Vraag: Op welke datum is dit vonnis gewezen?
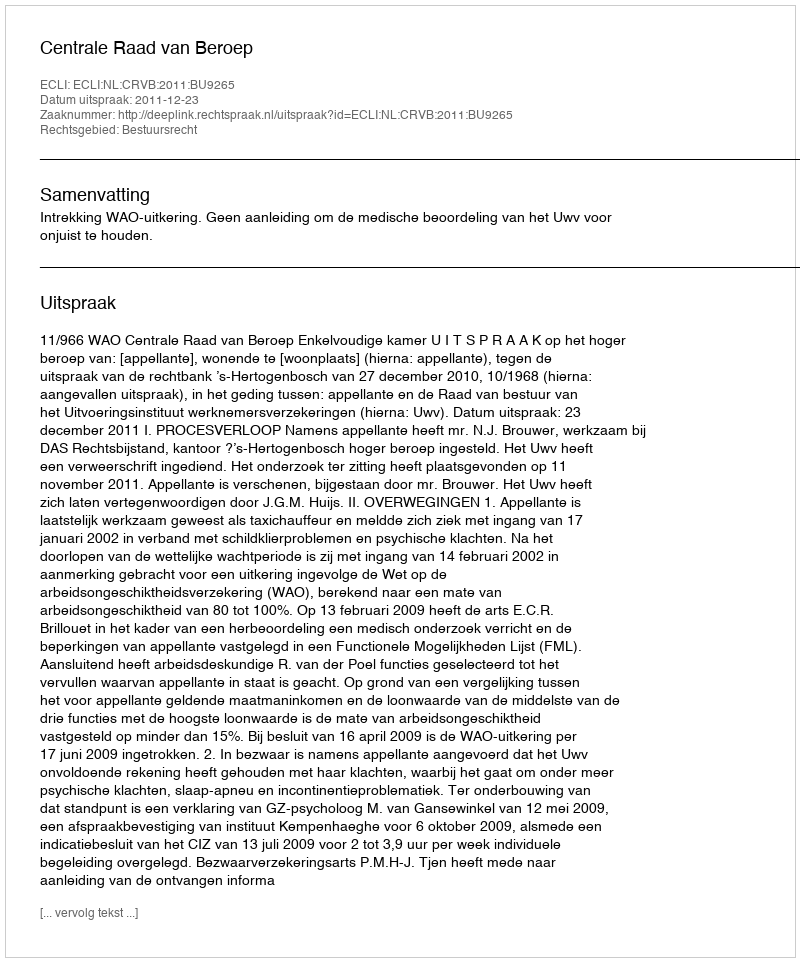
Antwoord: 2011-12-23